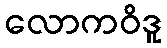
လောကဝိဒူ